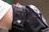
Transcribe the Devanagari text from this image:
संदेंश